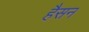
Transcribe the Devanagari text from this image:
हैसन